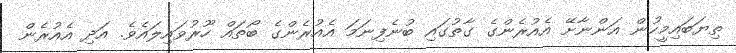
ތިޔަބައިމީހުން އަންނާށޭ އެއުރެންގެ ގާތުގައި ބުނެފިނަމަަ އެއުރެންގެ ބޯތައް ހޫރުވައިލައެވެ. އަދި އެއުރެން